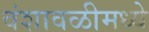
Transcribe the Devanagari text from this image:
वंशावळीमध्ये